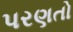
પરણતો